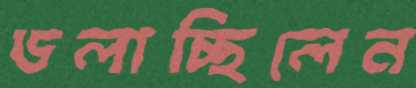
ডলাচ্ছিলেন